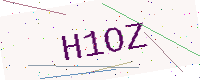
Text: H1OZ